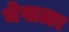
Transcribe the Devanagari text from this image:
मेखळा